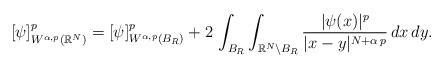
LaTeX: \begin{align*}[\psi]^p_{W^{\alpha,p}(\mathbb{R}^N)}=[\psi]_{W^{\alpha,p}(B_R)}^p+2\,\int_{B_R}\int_{\mathbb{R}^N\setminus B_R} \frac{|\psi(x)|^p}{|x-y|^{N+\alpha\,p}}\,dx\,dy.\end{align*}